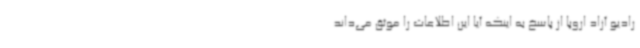
رادیو آزاد اروپا از پاسخ به اینکه آیا این اطلاعات را موثق می‌داند